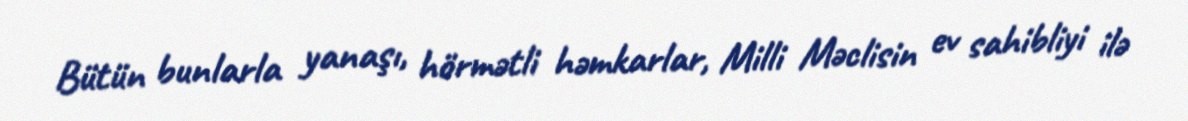
Bütün bunlarla yanaşı, hörmətli həmkarlar, Milli Məclisin ev sahibliyi ilə